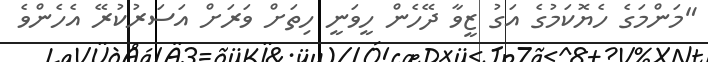
"މަންމަގެ ހެޔޮކަމުގެ އަގު ޒީވާ ދޭހެން ހީވަނީ ހިތަށް ވަރަށް އަސަރުކުރޭ އެހެންވެ